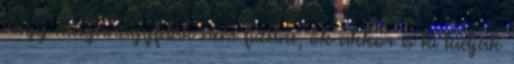
vagy magánügyfelük nem fizetne, ők akkor is ki tudják